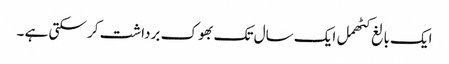
ایک بالغ کٹھمل ایک سال تک بھوک برداشت کر سکتی ہے ۔